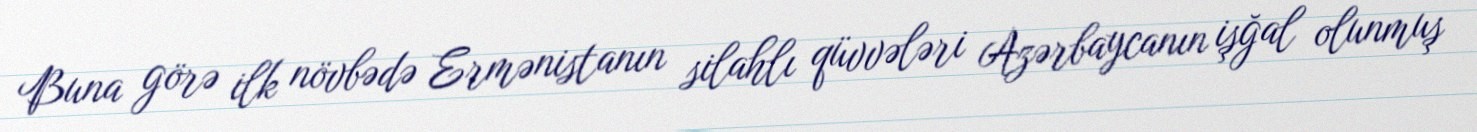
Buna görə ilk növbədə Ermənistanın silahlı qüvvələri Azərbaycanın işğal olunmuş